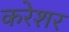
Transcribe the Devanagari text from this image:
करेशर